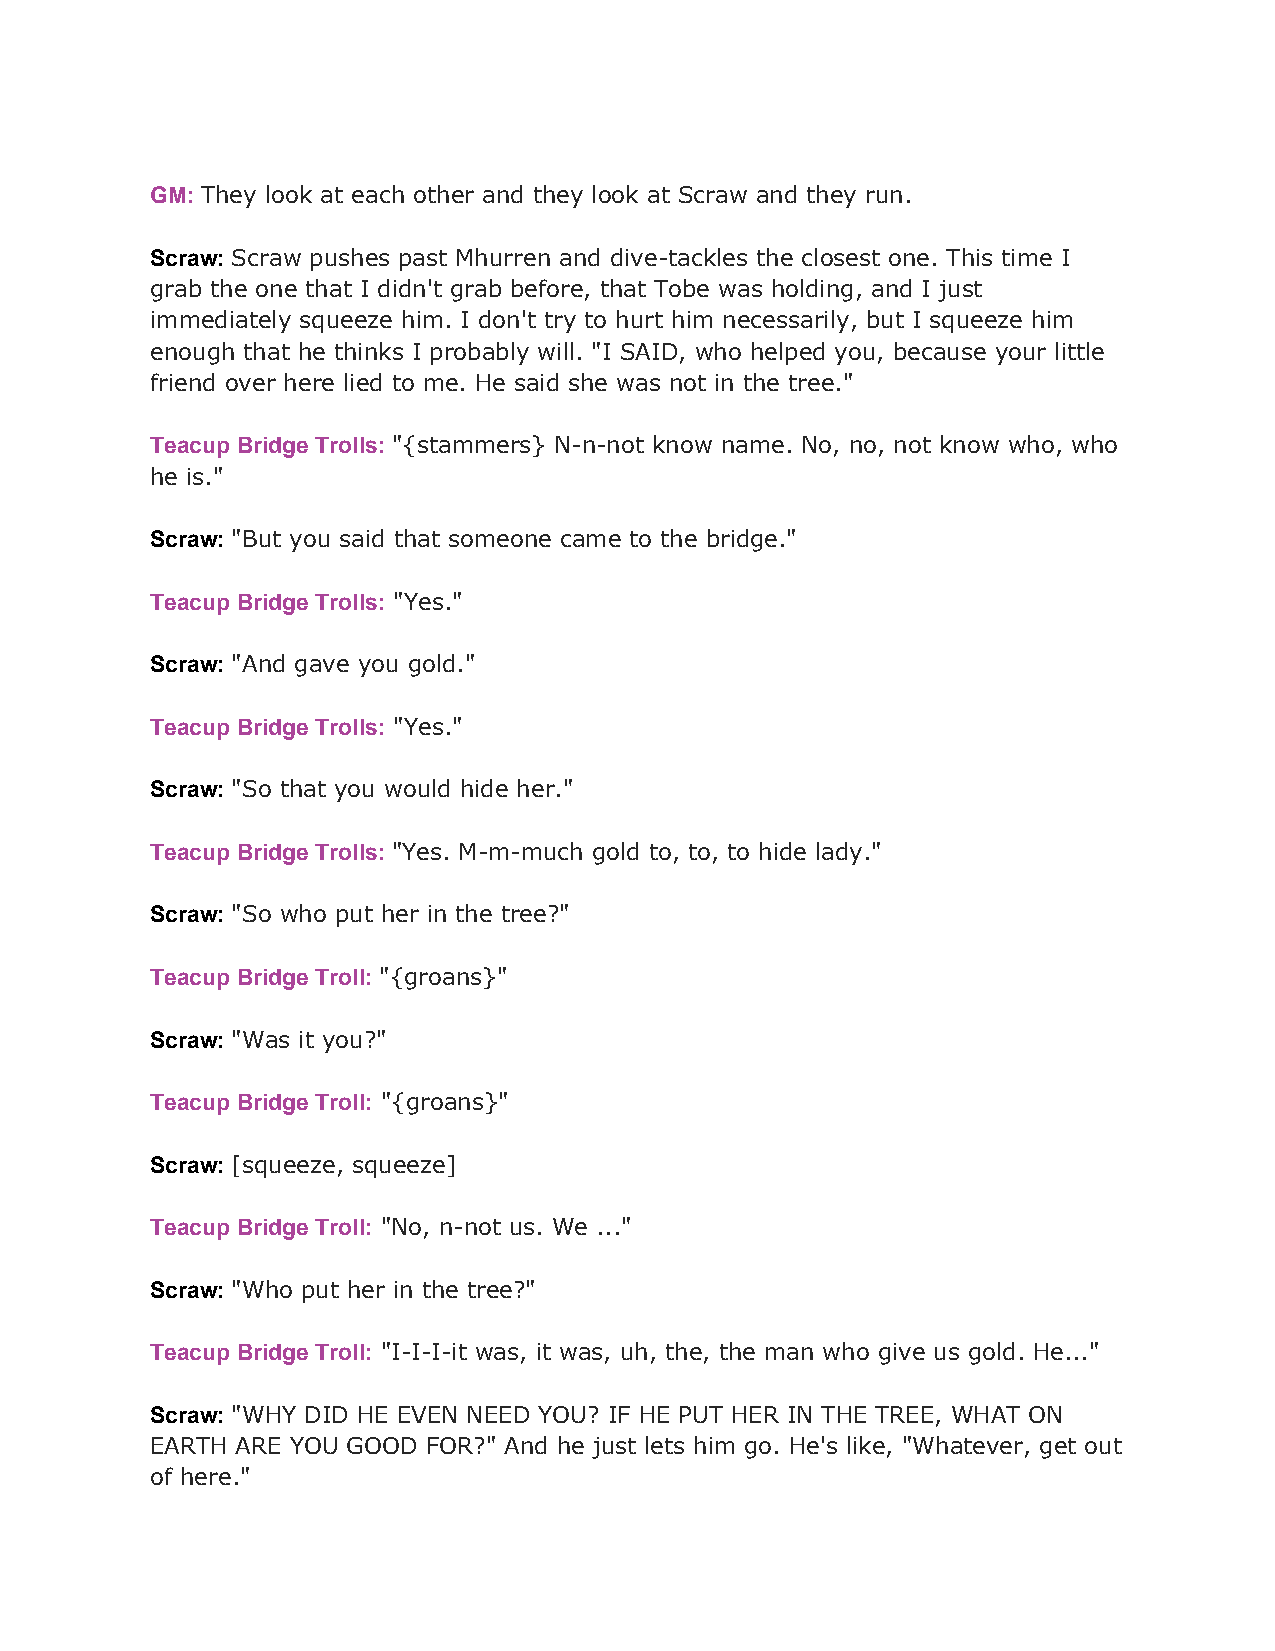
GM: They look at each other and they look at Scraw and they run.
 ​
 Scraw: Scraw pushes past Mhurren and dive-tackles the closest one. This time I
 ​
 grab the one that I didn't grab before, that Tobe was holding, and I just
 immediately squeeze him. I don't try to hurt him necessarily, but I squeeze him
 enough that he thinks I probably will. "I SAID, who helped you, because your little
 friend over here lied to me. He said she was not in the tree."
 Teacup Bridge Trolls: "{stammers} N-n-not know name. No, no, not know who, who
 ​
 he is."
 Scraw: "But you said that someone came to the bridge."
 ​
 Teacup Bridge Trolls: "Yes."
 ​
 Scraw: "And gave you gold."
 ​
 Teacup Bridge Trolls: "Yes."
 ​
 Scraw: "So that you would hide her."
 ​
 Teacup Bridge Trolls: "Yes. M-m-much gold to, to, to hide lady."
 ​
 Scraw: "So who put her in the tree?"
 ​
 Teacup Bridge Troll: "{groans}"
 ​
 Scraw: "Was it you?"
 ​
 Teacup Bridge Troll: "{groans}"
 ​
 Scraw: [squeeze, squeeze]
 ​
 Teacup Bridge Troll: "No, n-not us. We ..."
 ​
 Scraw: "Who put her in the tree?"
 ​
 Teacup Bridge Troll: "I-I-I-it was, it was, uh, the, the man who give us gold. He..."
 ​
 Scraw: "WHY DID HE EVEN NEED YOU? IF HE PUT HER IN THE TREE, WHAT ON
 ​
 EARTH ARE YOU GOOD FOR?" And he just lets him go. He's like, "Whatever, get out
 of here."